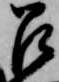
召